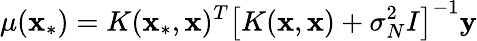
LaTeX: \mu({\mathbf x_{*}})=K({\mathbf x_{*}},{\mathbf x})^{T}\left[K({\mathbf x},{\mathbf x})+\sigma_{N}^{2}I\right]^{-1}\mathbf y